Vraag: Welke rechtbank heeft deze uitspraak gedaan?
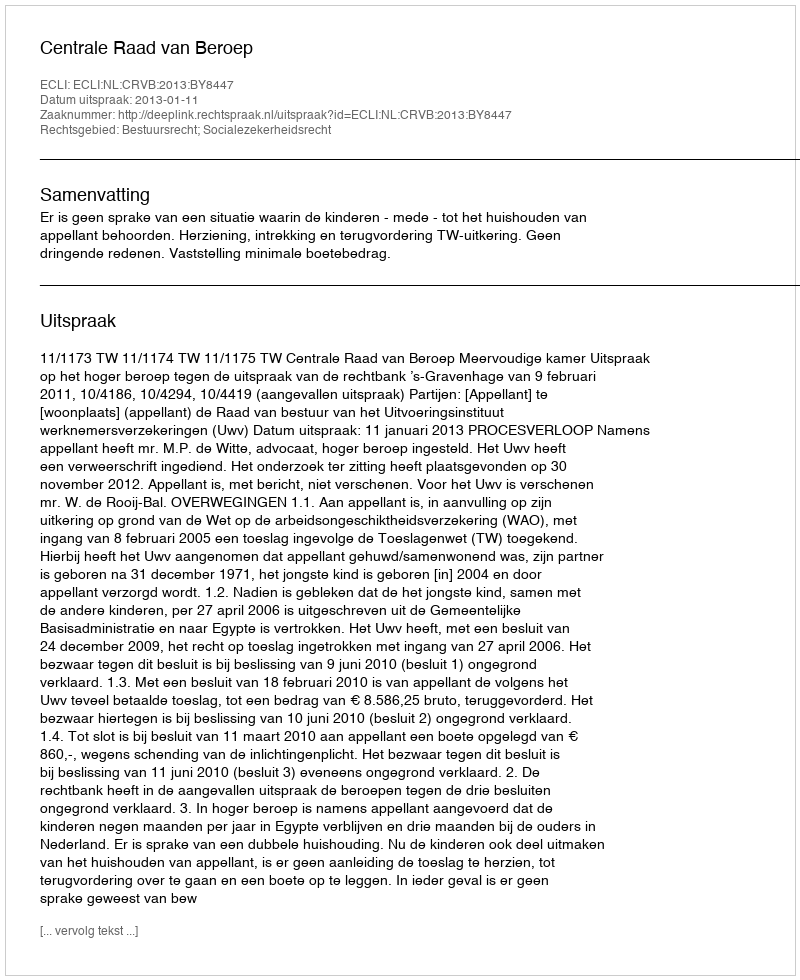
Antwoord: Centrale Raad van Beroep